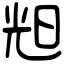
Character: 𣆥